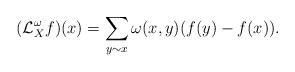
LaTeX: \begin{align*}(\mathcal{L}^\omega_Xf)(x) = \sum_{y \sim x}\omega(x, y)(f(y)-f(x)).\end{align*}